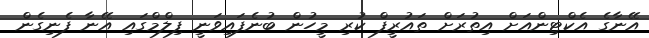
އޭނާގެ އެކްޓިންއަށް އިތުރަށް ތައުރީފް ކުރި މީހުން ބުނެފައިވަނީ ފިލްމްގައި އޭނާ ފެނިގެން